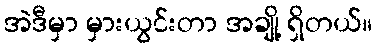
အဲဒီမှာ မှားယွင်းတာ အချို့ ရှိတယ်။